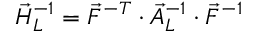
\vec { H } _ { L } ^ { - 1 } = \vec { F } ^ { - T } \cdot \vec { A } _ { L } ^ { - 1 } \cdot \vec { F } ^ { - 1 }